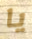
يا